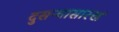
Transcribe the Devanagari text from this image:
दुसऱ्यासारखं